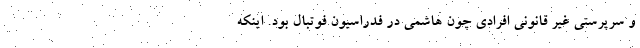
و سرپرستی غیر قانونی افرادی چون هاشمی در فدراسیون فوتبال بود. اینکه